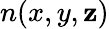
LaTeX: n(x,y,\mathbf{z})